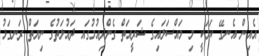
އެއިން އެނގޭ ކަމަކީ މި މައްސަލައިގެ ޝަރީއަތް ގެންދިއުމުގައ ދައުލަތުގެ ނިޔަތް ރަނގަޅު